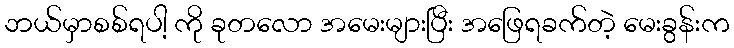
ဘယ်မှာစစ်ရပါ့ ကို ခုတလော အမေးများပြီး အဖြေရခက်တဲ့ မေးခွန်းက